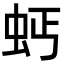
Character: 𧉝